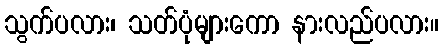
သွက်ပလား၊ သတ်ပုံများကော နားလည်ပလား။